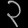
Digit: ၃